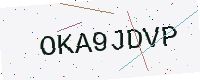
Text: OKA9JDVP